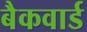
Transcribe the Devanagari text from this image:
बैकवार्ड